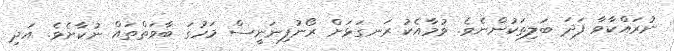
ނުރައްކާވާ ފަދަ ބަލިތަކުންނެވެ. ވުމާއެކު ރަނގަޅަށް ރޯނުފިނަނީސް މަހުގަ ބާވަތްތައް ނުކާށެވެ. އަދި